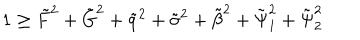
1 \geq \tilde { F } ^ { 2 } + \tilde { G } ^ { 2 } + \tilde { q } ^ { 2 } + \tilde { \sigma } ^ { 2 } + \tilde { \beta } ^ { 2 } + \tilde { \Psi } _ { 1 } ^ { 2 } + \tilde { \Psi } _ { 2 } ^ { 2 }